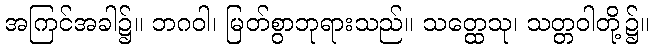
အကြင်အခါ၌။ ဘဂဝါ၊ မြတ်စွာဘုရားသည်။ သတ္ထေသု၊ သတ္တဝါတို့၌။